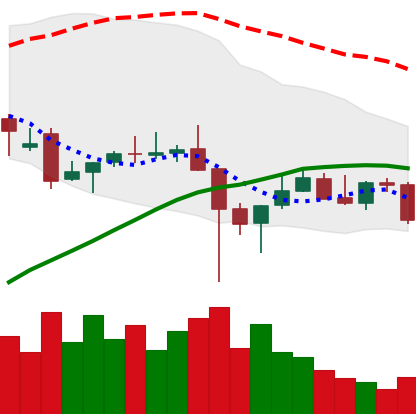
Ticker: TRX-USD
Chart end date: 2021-12-13
Forward return: -5.381%
Label: down_5_7